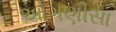
ઓગણીસા